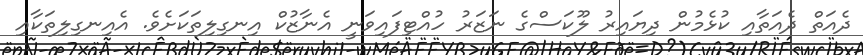
ދެއަތް ދެއަތާއި ކުޅެމުން ދިޔައިރު ލޫކަސްގެ ނަޒަރު ހުއްޓިފައިވަނީ އެނާޒުކް އިނގިލިތަކަށެވެ. އެއިނގިލިތަކާއި